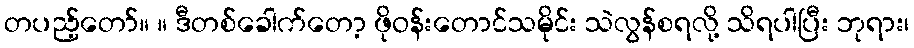
တပည့်တော်။ ။ ဒီတစ်ခေါက်တော့ ဖိုဝန်းတောင်သမိုင်း သဲလွန်စရလို့ သိရပါပြီး ဘုရား၊